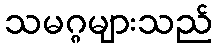
သမဂ္ဂများသည်